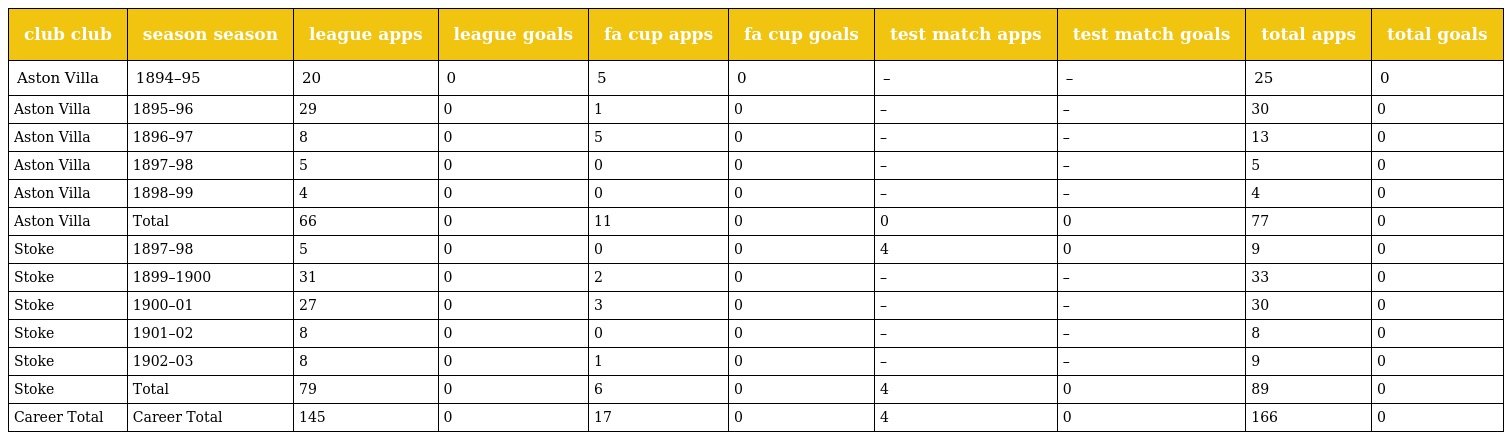
| club club | season season | league apps | league goals | fa cup apps | fa cup goals | test match apps | test match goals | total apps | total goals |
 | --- | --- | --- | --- | --- | --- | --- | --- | --- | --- |
 | Aston Villa | 1894–95 | 20 | 0 | 5 | 0 | – | – | 25 | 0 |
 | Aston Villa | 1895–96 | 29 | 0 | 1 | 0 | – | – | 30 | 0 |
 | Aston Villa | 1896–97 | 8 | 0 | 5 | 0 | – | – | 13 | 0 |
 | Aston Villa | 1897–98 | 5 | 0 | 0 | 0 | – | – | 5 | 0 |
 | Aston Villa | 1898–99 | 4 | 0 | 0 | 0 | – | – | 4 | 0 |
 | Aston Villa | Total | 66 | 0 | 11 | 0 | 0 | 0 | 77 | 0 |
 | Stoke | 1897–98 | 5 | 0 | 0 | 0 | 4 | 0 | 9 | 0 |
 | Stoke | 1899–1900 | 31 | 0 | 2 | 0 | – | – | 33 | 0 |
 | Stoke | 1900–01 | 27 | 0 | 3 | 0 | – | – | 30 | 0 |
 | Stoke | 1901–02 | 8 | 0 | 0 | 0 | – | – | 8 | 0 |
 | Stoke | 1902–03 | 8 | 0 | 1 | 0 | – | – | 9 | 0 |
 | Stoke | Total | 79 | 0 | 6 | 0 | 4 | 0 | 89 | 0 |
 | Career Total | Career Total | 145 | 0 | 17 | 0 | 4 | 0 | 166 | 0 |